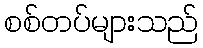
စစ်တပ်များသည်